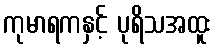
ကုမာရကနှင့် ပုရိသအထူး